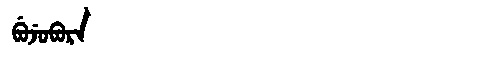
Manchu: ᠪᡠᠵᡠᠪᡠᡵᡝ
Romanization: BUJUBURE